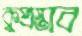
কুপ্রস্তাব